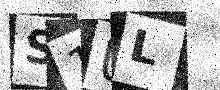
Text: S1UL